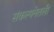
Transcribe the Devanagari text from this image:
संकल्पनेतली